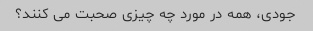
جودی، همه در مورد چه چیزی صحبت می کنند؟